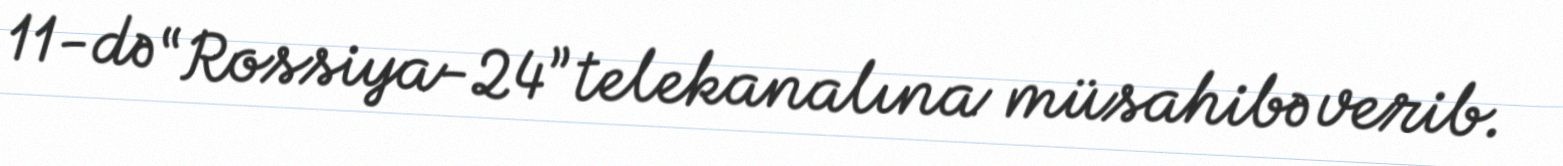
11-də “Rossiya-24” telekanalına müsahibə verib.